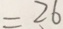
= 2 6